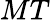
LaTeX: MT